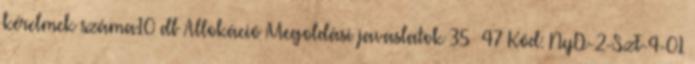
kérelmek száma10 db Allokáció Megoldási javaslatok 35 47 Kód: NyD-2-SzF-4-01